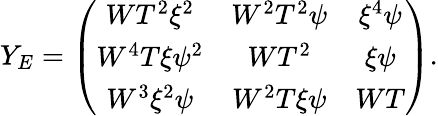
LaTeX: Y_{E}=\left(\begin{array}{ccc}{{WT^{2}\xi^{2}}}&{{W^{2}T^{2}\psi}}&{{\xi^{4}\psi}}\\ {{W^{4}T\xi\psi^{2}}}&{{WT^{2}}}&{{\xi\psi}}\\ {{W^{3}\xi^{2}\psi}}&{{W^{2}T\xi\psi}}&{{WT}}\end{array}\right).